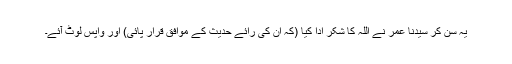
یہ سن کر سیدنا عمرؓ نے اللہ کا شکر ادا کیا (کہ ان کی رائے حدیث کے موافق قرار پائی) اور واپس لوٹ آئے۔